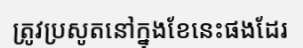
ត្រូវប្រសូតនៅក្នុងខែនេះផងដែរ